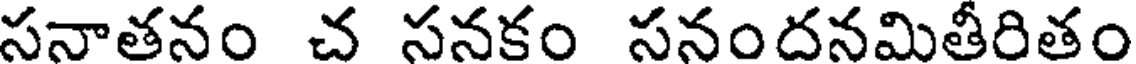
సనాతనం చ సనకం సనందనమితీరితం